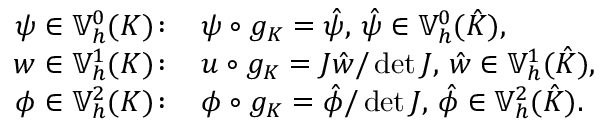
\begin{array} { r l } { \psi \in \mathbb { V } _ { h } ^ { 0 } ( K ) \! : \, } & { \psi \circ g _ { K } = \hat { \psi } , \, \hat { \psi } \in \mathbb { V } _ { h } ^ { 0 } ( \hat { K } ) , } \\ { w \in \mathbb { V } _ { h } ^ { 1 } ( K ) \! : \, } & { u \circ g _ { K } = J \hat { w } / \operatorname* { d e t } J , \, \hat { w } \in \mathbb { V } _ { h } ^ { 1 } ( \hat { K } ) , } \\ { \phi \in \mathbb { V } _ { h } ^ { 2 } ( K ) \! : \, } & { \phi \circ g _ { K } = \hat { \phi } / \operatorname* { d e t } J , \, \hat { \phi } \in \mathbb { V } _ { h } ^ { 2 } ( \hat { K } ) . } \end{array}